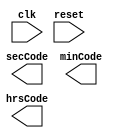
module clkDisplay(clk,reset,secCode,minCode,hrsCode);
input clk,reset;
output wire [13:0]secCode,minCode,hrsCode;
reg [5:0] seconds;
reg [5:0] minutes;
reg [4:0] hours; 
//digitalClock dclk (.clk(clk),.reset(reset),.seconds(seconds),.minutes(minutes),.hours(hours));
//sevenSegment seg1 (.number({1'b0,hours}),.segments(hrsCode));
//sevenSegment seg2 (.number(minutes),.segments(minCode));
//sevenSegment seg3 (.number(seconds),.segments(secCode));
endmodule